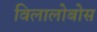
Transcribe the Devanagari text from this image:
विलालोबोस